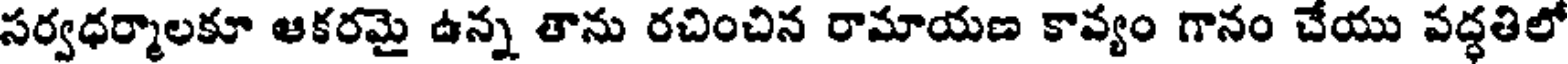
సర్వధర్మాలకూ ఆకరమై ఉన్న తాను రచించిన రామాయణ కావ్యం గానం చేయు పద్ధతిలో